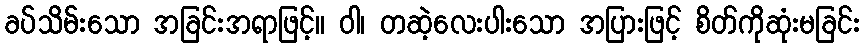
ခပ်သိမ်းသော အခြင်းအရာဖြင့်။ ဝါ၊ တဆဲ့လေးပါးသော အပြားဖြင့် စိတ်ကိုဆုံးမခြင်း